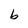
Character: b